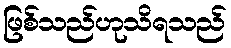
ဖြစ်သည်ဟုသိရသည်